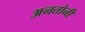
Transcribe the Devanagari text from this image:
अनतोनी